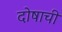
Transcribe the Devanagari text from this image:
दोषाची